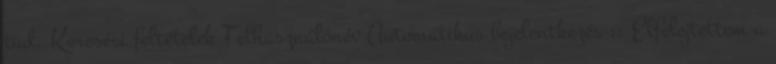
tud. Keresési feltételek Felhasználónév Automatikus bejelentkezés :: Elfelejtettem a